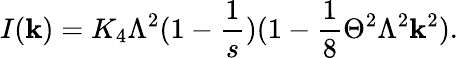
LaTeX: I(\mathbf{k})=K_{4}\Lambda^{2}(1-\frac{{1}}{{s}})(1-\frac{{1}}{{8}}\Theta^{2}\Lambda^{2}\mathbf{k}^{2}).